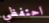
احتفظي